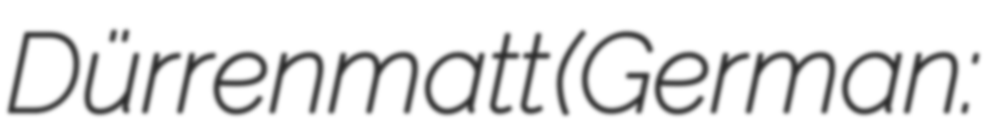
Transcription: Dürrenmatt (German: